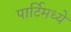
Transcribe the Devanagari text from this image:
पार्टिमध्ये